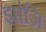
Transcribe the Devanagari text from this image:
झांजि